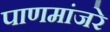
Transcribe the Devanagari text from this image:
पाणमांजरे